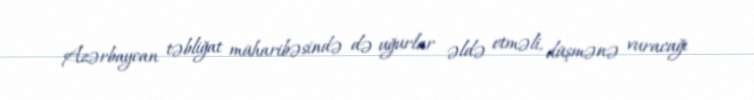
Azərbaycan təbliğat müharibəsində də uğurlar əldə etməli, düşmənə vuracağı